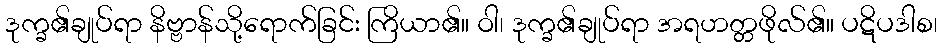
ဒုက္ခ၏ချုပ်ရာ နိဗ္ဗာန်သို့ရောက်ခြင်း ကြိယာ၏။ ဝါ၊ ဒုက္ခ၏ချုပ်ရာ အရဟတ္တဖိုလ်၏။ ပဋိပဒါစ၊